Annual report of the Punjab Veterinary College and of the Civil Veterinary Department, Punjab - 1920-1925
Year: 1920
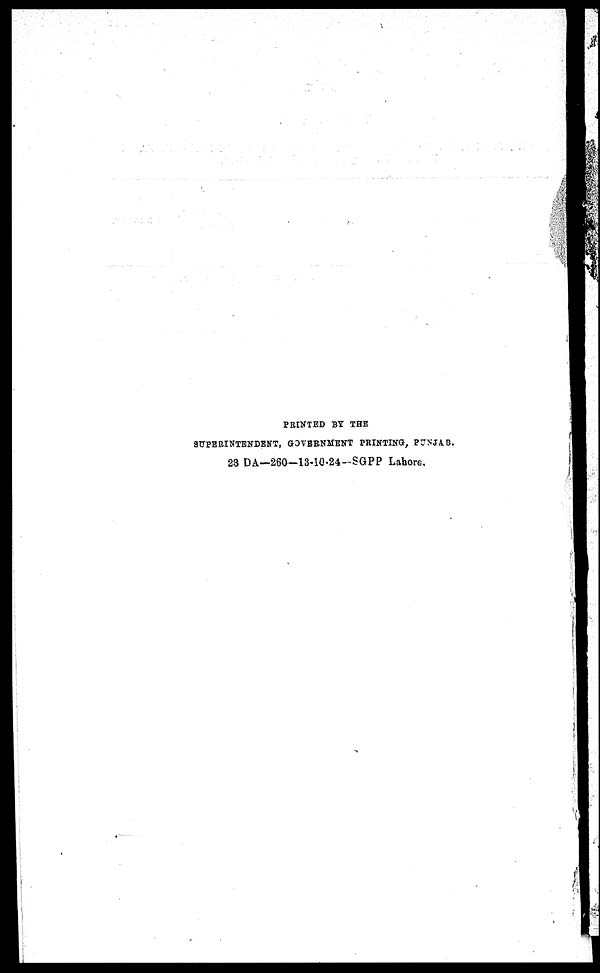
PRINTED BY THE
SUPERINTENDENT, GOVERNMENT PRINTING, PUNJAB.
23 DA—260—13-10-24-SGPP Lahore.